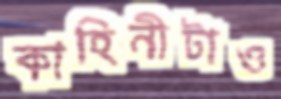
কাহিনীটাও